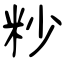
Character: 粆